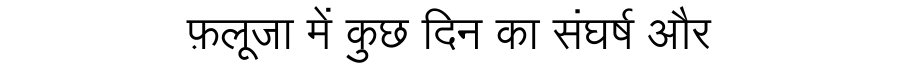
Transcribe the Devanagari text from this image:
फ़लूजा में कुछ दिन का संघर्ष और